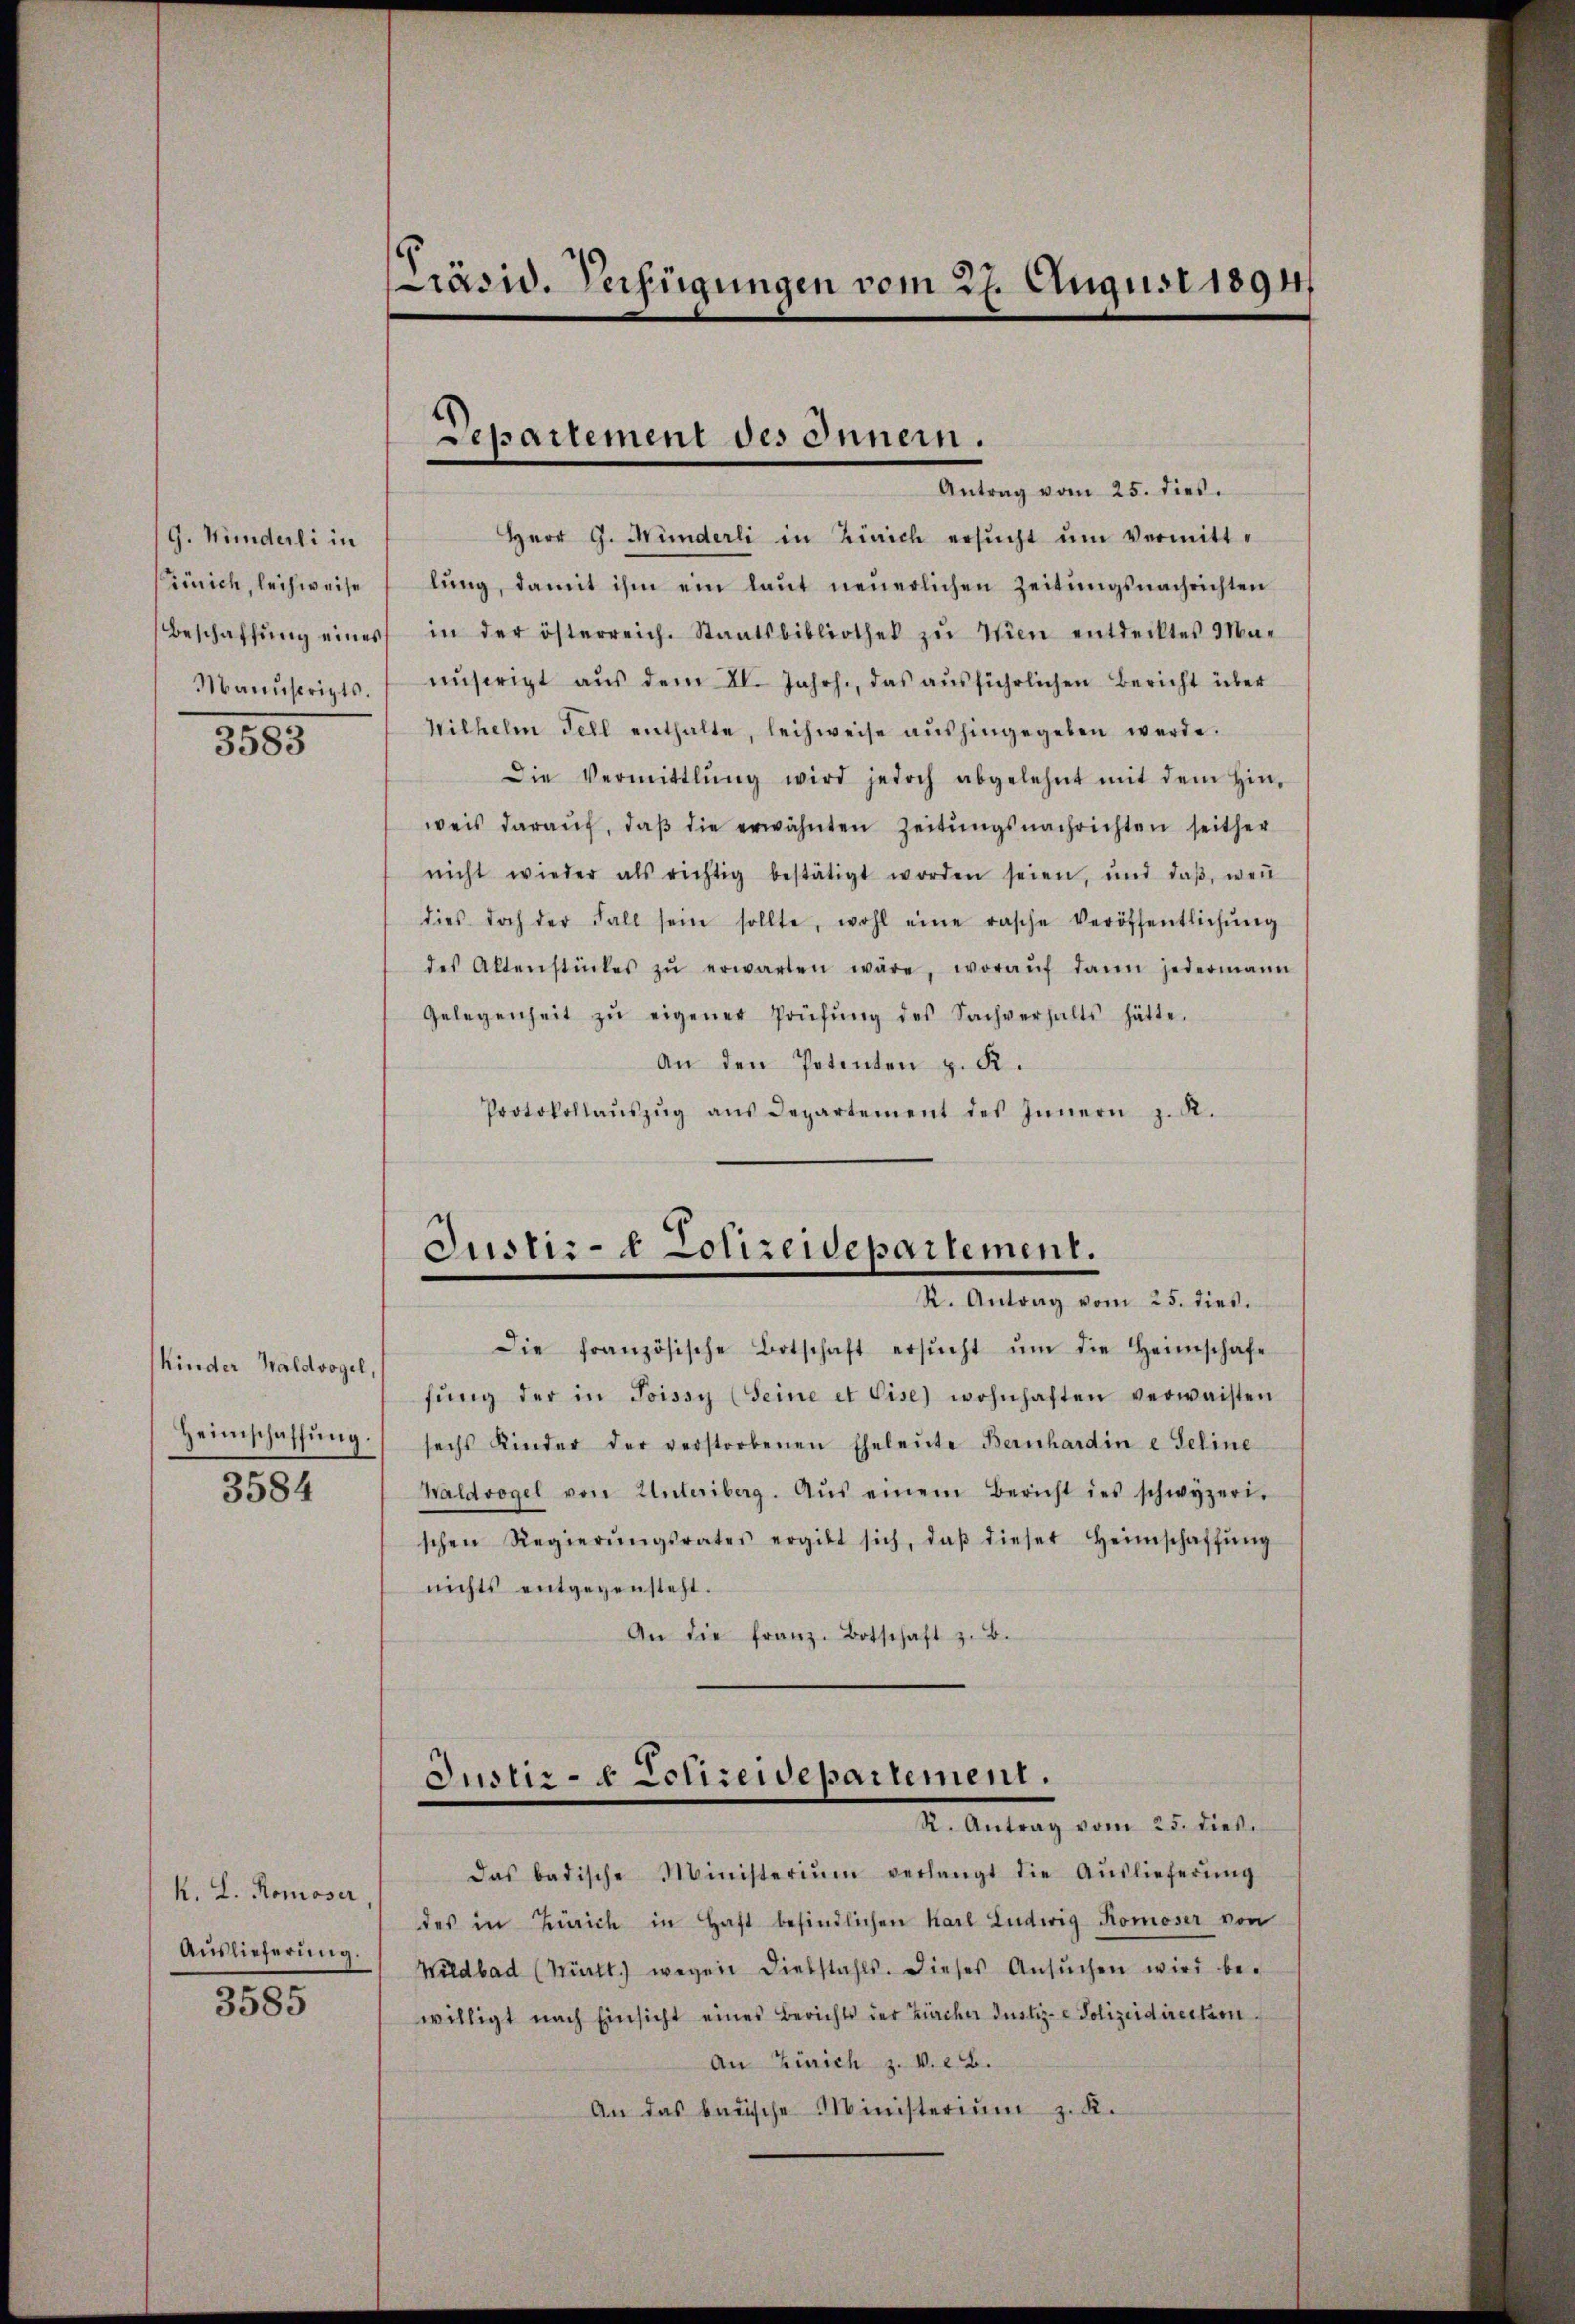
(G. Minderli in
rnich, leihweise
3583

Kinder Waldvogel,
Heimschaffung.
3584

k. L. Romoser
Auslieferung.
3585

räsid. Verfügungen vom 27. August 1891

Herr G. Münderli in Zürich ersŭcht ŭm Vermitt-
lŭng, damit ihm ein laŭt neŭerlichen Zeitungsnachrichten
Beschaffŭng eines in der österreich. Staatsbibliothek zŭ Wien entdecktes Ma-
Manuscripts. unserigt aŭs dem II. Jahrh., das aŭsführlichen Bericht über
Wilhelm Fell enthalte, leihweise aŭshingegeben werde.
Die Vermittlung wird jedoch abgelehnt mit dem Hin-
weis darauf, daß die erwähnten Zeitungsnachrichten seither
nicht wieder als richtig bestätigt worden seien, und daβ weṅ
dies doch der Fall sein sollte, wohl eine rasche Veröffentlichŭng
des Altenstückes zŭ erwarten wäre, woraŭf dann jedermann
Gelegenheit zŭ eigener Prüfŭng des Sachverhalts hätte.
An den Petenten z. R.
Protokollaŭszŭg aŭs Departement des Innern z. R.

Departement des Innern.
Antrag vom 25. dies.

Justiz- & Polizeidepartement.
R. Antrag vom 25. dies.

Die französische Botschaft ersŭcht ŭm die Heimschafe
fŭng der in Poissy (Seine et Cise) wohnhaften verwaisten
sechs Kinder der verstorbenen Eheleute Bernhardine Geline
Waldvogel von Unteriberg. Aŭs einem Bericht des schwyzeri-
schen Regierŭngsrates ergibt sich, daβ dieser Heimschaffŭng
nichts entgegensteht.
An die franz. Botschaft z. B.
Justiz- & Schreidepartement.
R. Antrag vom 25. dieß.
Das badische Ministerium verlangt die Aŭslieferŭng
des in Zürich in Haft befindlichen Karl Ludwig Komoser von
Wildbad (Württ. wegen Diebstahls. Dieses Ansŭchen wird be-
willigt nach Einsicht eines Berichts der Kircher Justiz- & Polizeidirecken.
An Zürich z. v. 2. B.
An das badische Ministerium z. K.